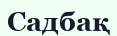
Садбақ